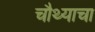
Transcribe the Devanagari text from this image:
चौथ्याचा